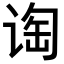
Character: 𬤁